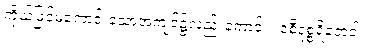
ကိုယ်ဖြင့်မကောင်းသောအကျင့်၌လည်းကောင်း။ ဝစီဒုစ္စရိတေဝါ၊